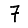
Digit: 7